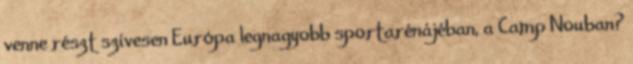
venne részt szívesen Európa legnagyobb sportarénájéban, a Camp Nouban?